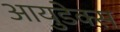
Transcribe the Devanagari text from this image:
आयुडेक्स